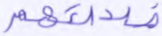
ضلالتهم